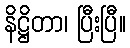
နိဋ္ဌိတာ၊ ပြီးပြီ။